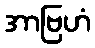
အာဗြဟံ